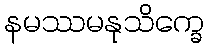
နမဿမနုသိက္ခေ